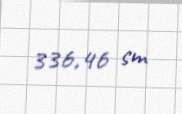
336,46 sm